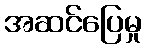
အဆင်ပြေမှု